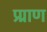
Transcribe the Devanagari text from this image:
प्र्राण